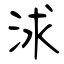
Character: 浗